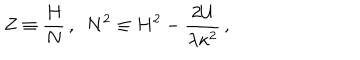
Z \equiv \frac { H } { N } \, , ~ ~ N ^ { 2 } \equiv H ^ { 2 } - \frac { 2 { \cal U } } { \lambda \kappa ^ { 2 } } \, ,